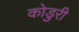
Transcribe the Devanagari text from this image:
कोडुरी